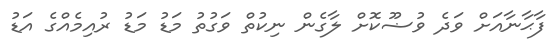
ފާޙާނާއަށް ވަދެ ވުޟޫކޮށް ލާގެން ނިކުތް ވަގުތު މަޑު މަޑު ރުއިމެއްގެ އަޑު